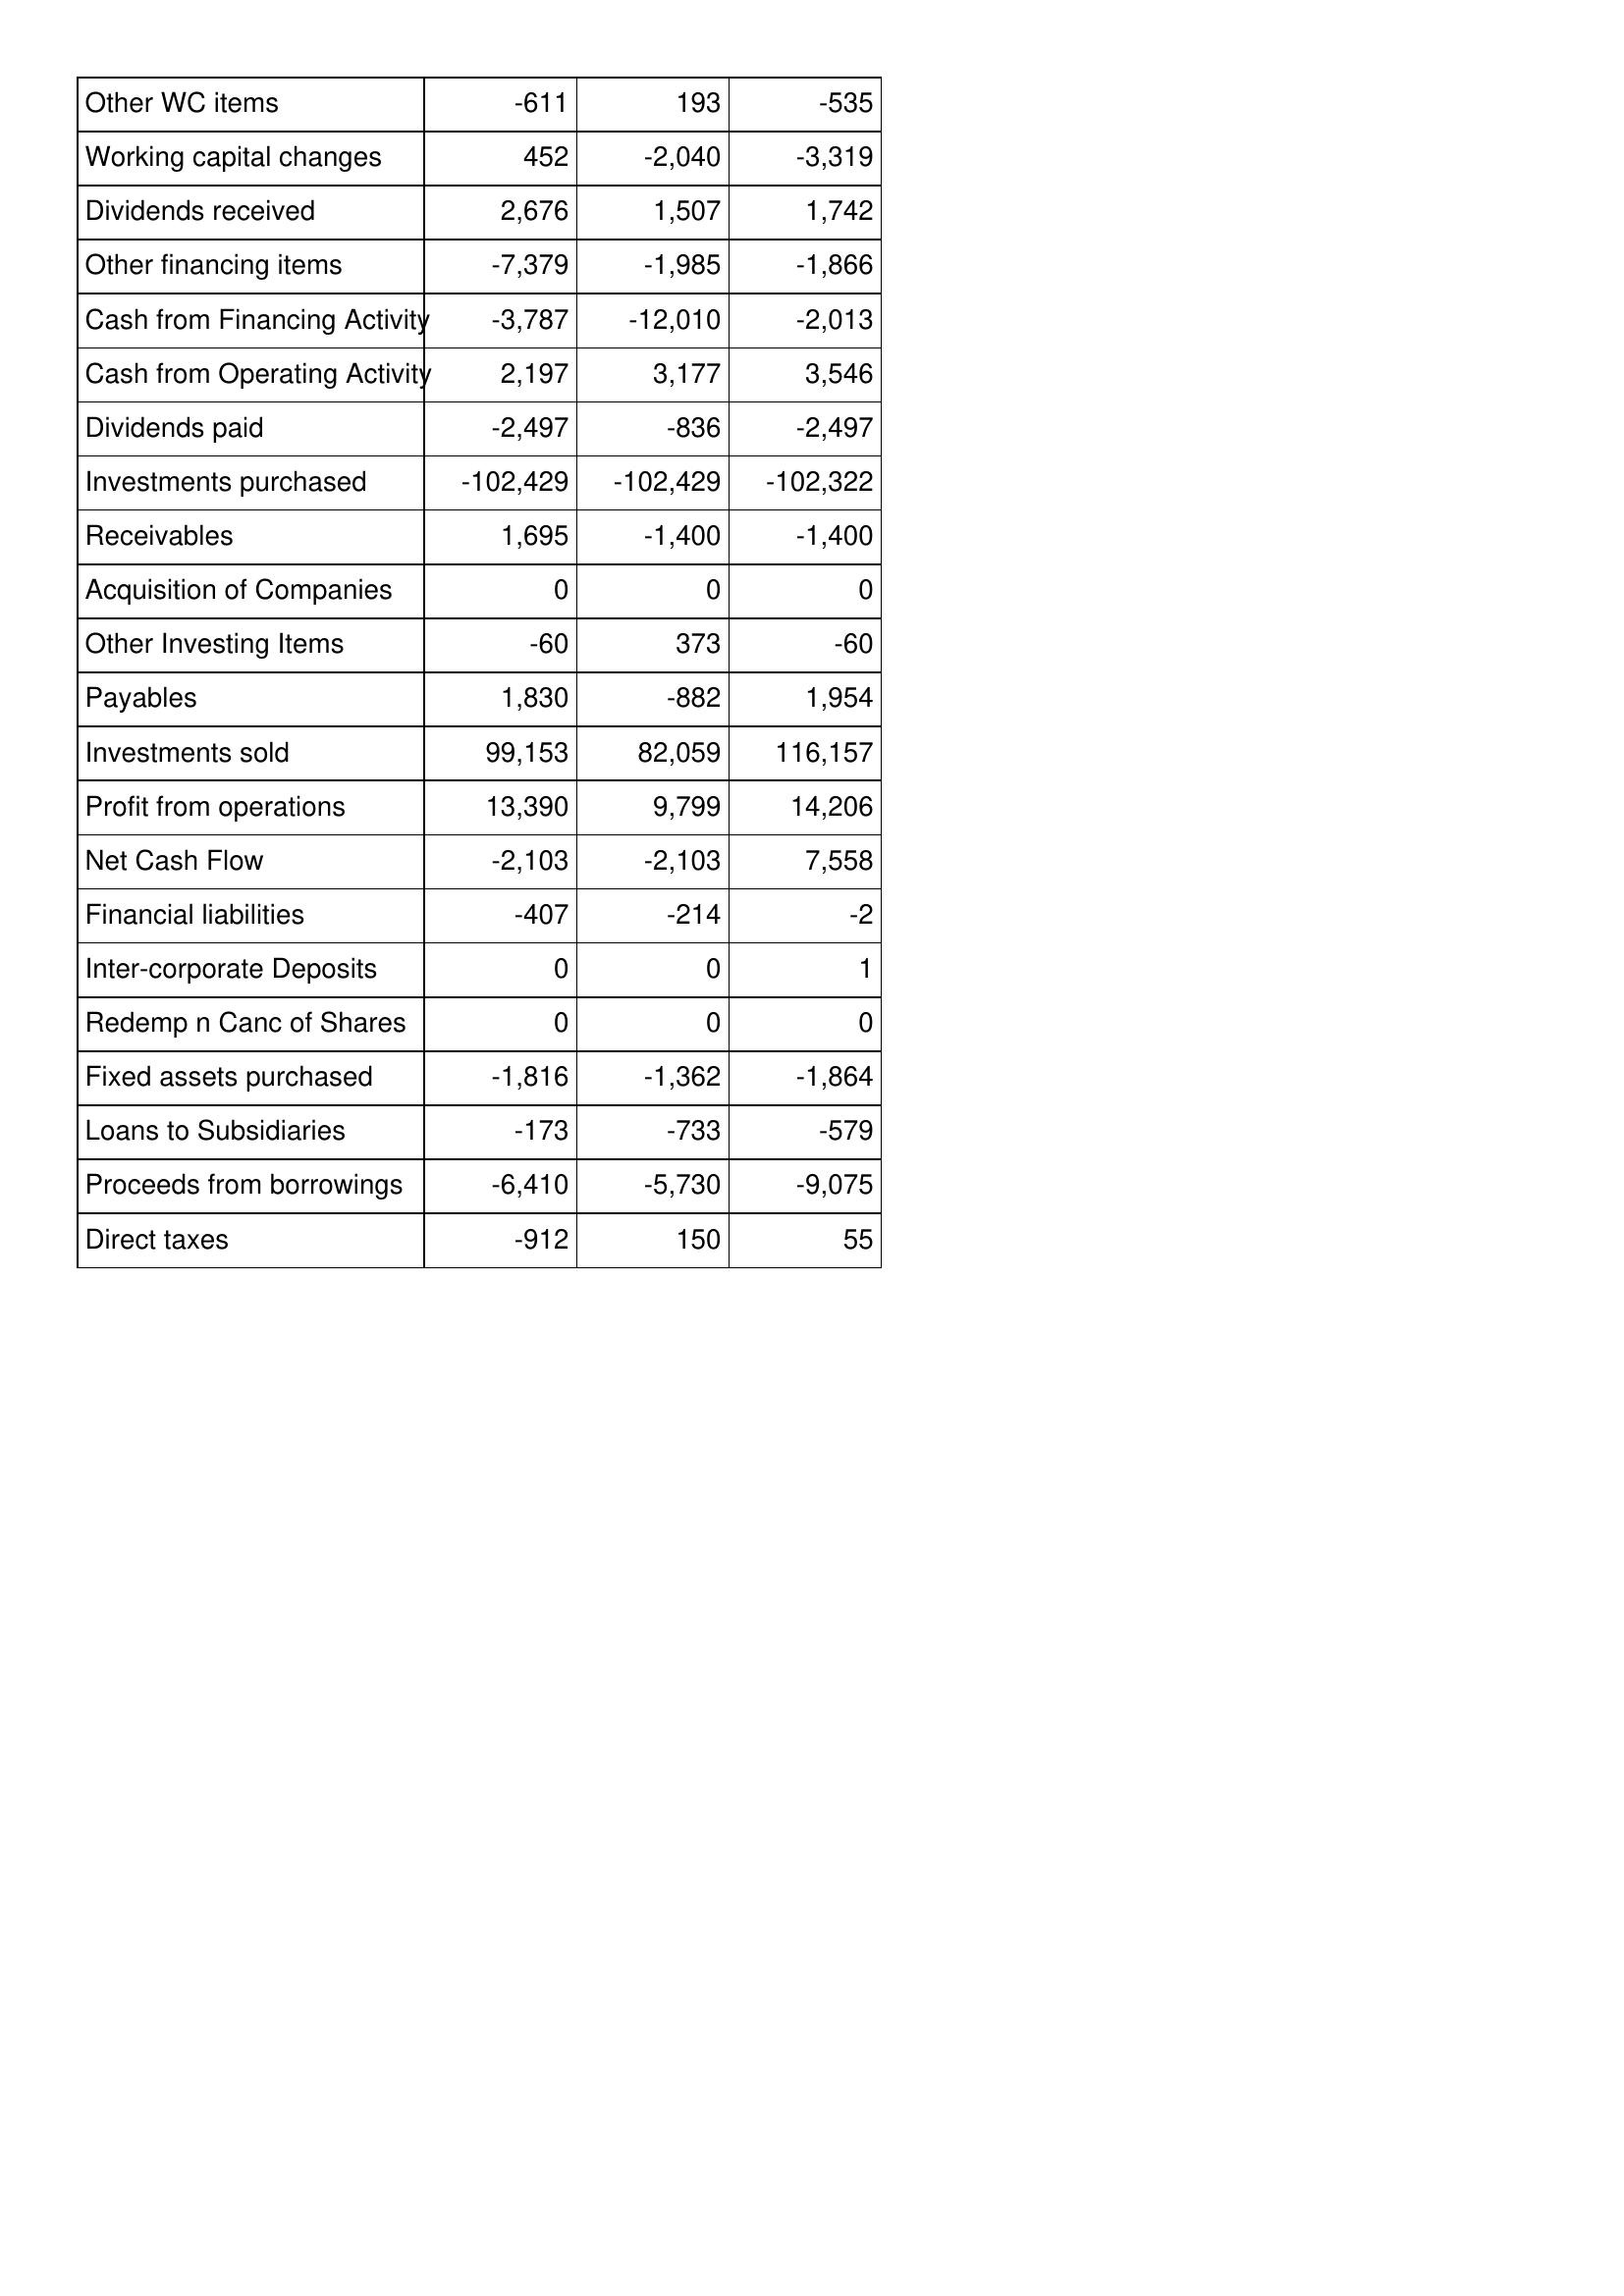
May-18: Cash Flows: Other WC items: -611
Working capital changes: 452
Dividends received: 2,676
Other financing items: -7,379
Cash from Financing Activity: -3,787
Cash from Operating Activity: 2,197
Dividends paid: -2,497
Investments purchased: -102,429
Receivables: 1,695
Acquisition of Companies: 0
Other Investing Items: -60
Payables: 1,830
Investments sold: 99,153
Profit from operations: 13,390
Net Cash Flow: -2,103
Financial liabilities: -407
Inter-corporate Deposits: 0
Redemp n Canc of Shares: 0
Fixed assets purchased: -1,816
Loans to Subsidiaries: -173
Proceeds from borrowings: -6,410
Direct taxes: -912
May-17: Cash Flows: Other WC items: 193
Working capital changes: -2,040
Dividends received: 1,507
Other financing items: -1,985
Cash from Financing Activity: -12,010
Cash from Operating Activity: 3,177
Dividends paid: -836
Investments purchased: -102,429
Receivables: -1,400
Acquisition of Companies: 0
Other Investing Items: 373
Payables: -882
Investments sold: 82,059
Profit from operations: 9,799
Net Cash Flow: -2,103
Financial liabilities: -214
Inter-corporate Deposits: 0
Redemp n Canc of Shares: 0
Fixed assets purchased: -1,362
Loans to Subsidiaries: -733
Proceeds from borrowings: -5,730
Direct taxes: 150
May-16: Cash Flows: Other WC items: -535
Working capital changes: -3,319
Dividends received: 1,742
Other financing items: -1,866
Cash from Financing Activity: -2,013
Cash from Operating Activity: 3,546
Dividends paid: -2,497
Investments purchased: -102,322
Receivables: -1,400
Acquisition of Companies: 0
Other Investing Items: -60
Payables: 1,954
Investments sold: 116,157
Profit from operations: 14,206
Net Cash Flow: 7,558
Financial liabilities: -2
Inter-corporate Deposits: 1
Redemp n Canc of Shares: 0
Fixed assets purchased: -1,864
Loans to Subsidiaries: -579
Proceeds from borrowings: -9,075
Direct taxes: 55